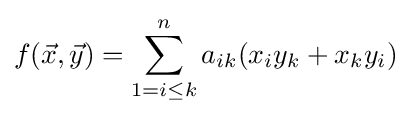
f({\vec {x}},{\vec {y}})=\sum _{1=i\leq k}^{n}a_{ik}(x_{i}y_{k}+x_{k}y_{i})